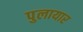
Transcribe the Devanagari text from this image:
पुलायार